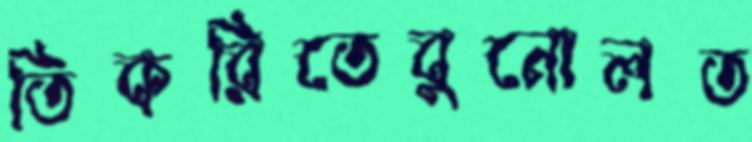
তিকরিতেবুনোলত